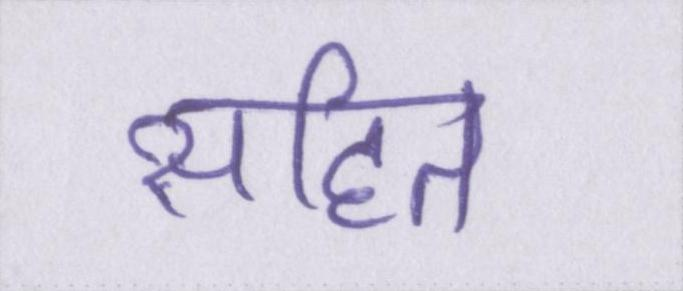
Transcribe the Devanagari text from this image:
सहित